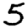
Digit: 5